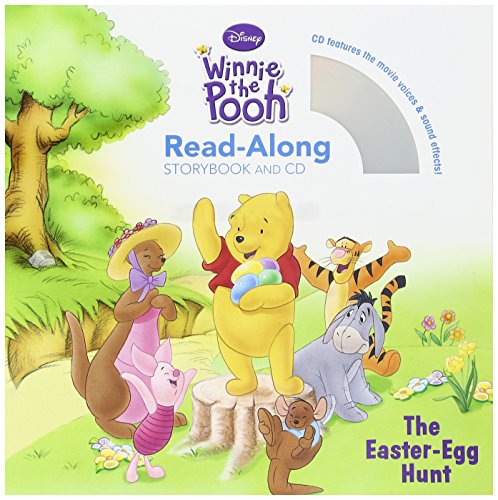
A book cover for The Easter Egg Hunt Read-Along Storybook and CD; Disney Book Group; Children's Books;